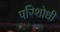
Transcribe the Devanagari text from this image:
परिशोधी